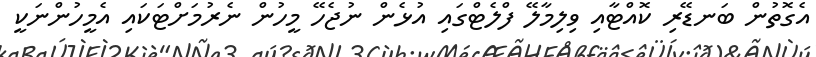
އެގޮތުން ބަނޑޭރި ކޮއްޓާއި ވިލިމާލޭ ފްލެޓްގައި އުޅެން ނުޖެހޭ މީހުން ނެރުމަށްޓަކައި އެމީހުންނަކީ